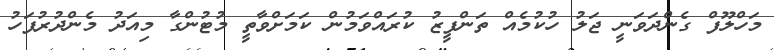
މަހްލޫފް ގެންދަވަނީ ޖަލު ހުކުމެއް ތަންފީޒު ކުރައްވަމުން ކަމަށްވާތީ މުޓުންގާ މިއަދު މެންދުރުފަހު